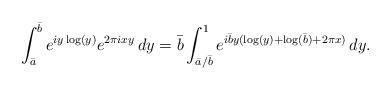
LaTeX: \begin{align*}\int_{\bar a}^{\bar b} e^{iy\log(y)}e^{2\pi ixy}\,dy=\bar b\int_{\bar a/\bar b}^1 e^{i\bar by(\log(y)+\log(\bar b)+2\pi x)}\,dy.\end{align*}